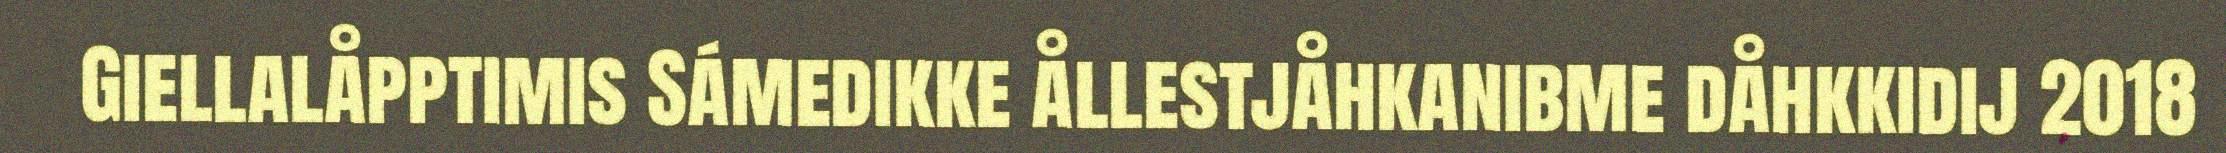
Giellalåpptimis Sámedikke ållestjåhkanibme dåhkkidij 2018